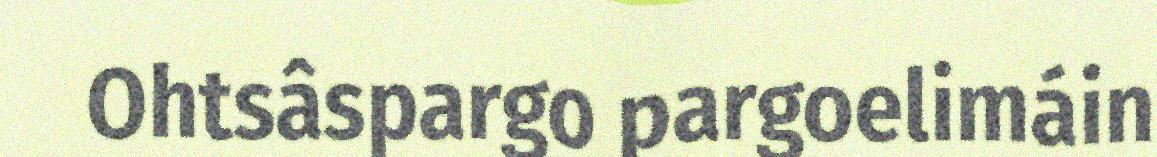
Ohtsâspargo pargoelimáin